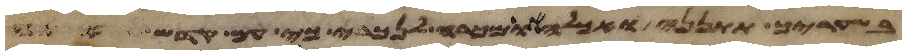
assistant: בשעריך תתננה ואכלה או מכרה לנכרי כי עם קדש אתה